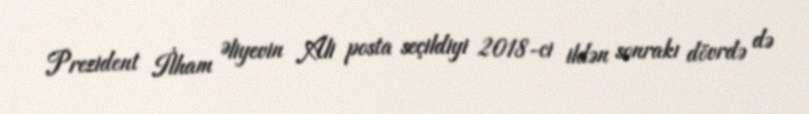
Prezident İlham Əliyevin Ali posta seçildiyi 2018-ci ildən sonrakı dövrdə də